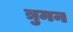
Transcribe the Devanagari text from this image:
त्रुमन